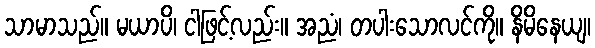
သာမာသည်။ မယာပိ၊ ငါဖြင့်လည်း။ အညံ၊ တပါးသောလင်ကို။ နိမိနေယျ၊